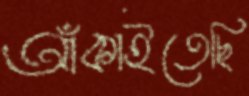
আঁকাইতেছি